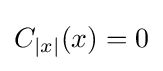
C_{|x|}(x)=0